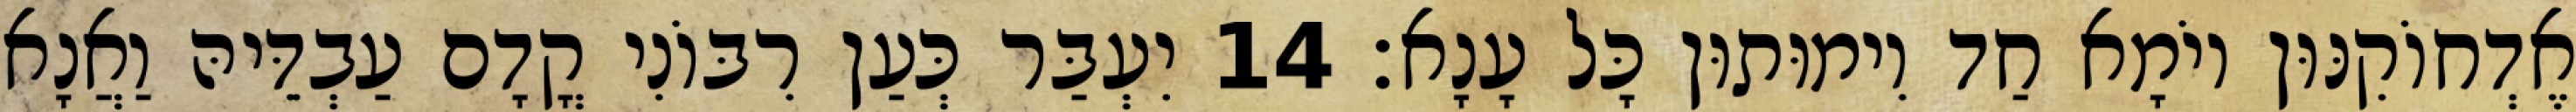
אֶדְחוֹקִנּוּן יוֹמָא חַד וִימוּתוּן כָּל עָנָא׃ 14 יִעְבַּר כְּעַן רִבּוֹנִי קֳדָם עַבְדֵּיהּ וַאֲנָא